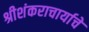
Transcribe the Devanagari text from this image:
श्रीशंकराचार्याचे